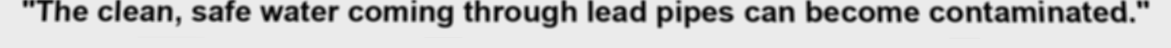
"The clean, safe water coming through lead pipes can become contaminated."